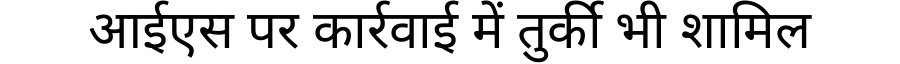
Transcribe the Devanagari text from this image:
आईएस पर कार्रवाई में तुर्की भी शामिल